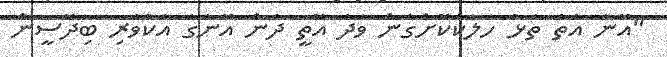
"އޭނާ އެތާ ތަޅު ހަލާކުކޮށްގެން ވަދެ އޮތީ ދެން އޭނާގެ އެކުވެރި ބިދޭސީން